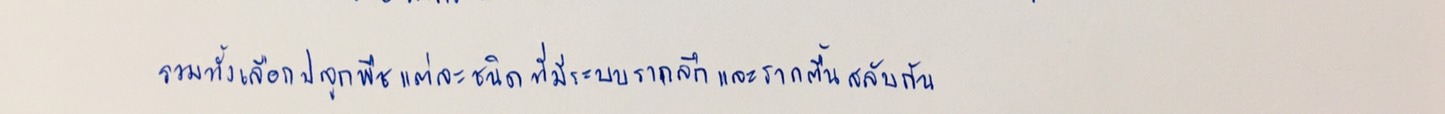
รวมทั้งเลือกปลูกพืชแต่ละชนิดที่มีระบบรากลึกและรากตื้นสลับกัน